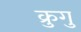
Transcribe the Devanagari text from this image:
क्रुगु